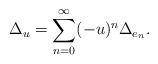
LaTeX: \begin{align*}\Delta_u = \sum_{n=0}^\infty (-u)^n \Delta_{e_n}.\end{align*}